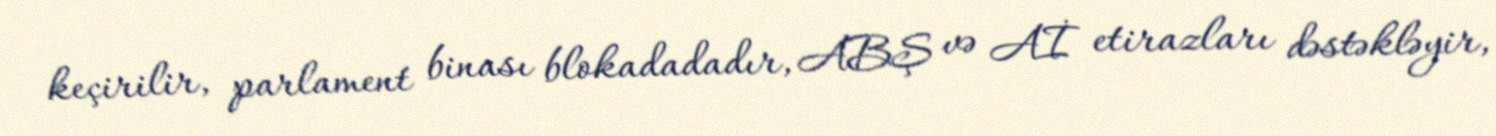
keçirilir, parlament binası blokadadadır, ABŞ və Aİ etirazları dəstəkləyir,